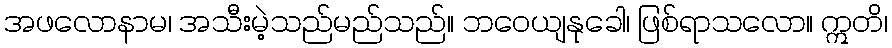
အဖလောနာမ၊ အသီးမဲ့သည်မည်သည်။ ဘဝေယျနုခေါ၊ ဖြစ်ရာသလော။ ဣတိ၊